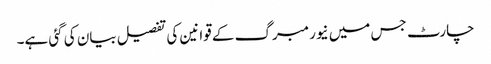
چارٹ جس میں نیورمبرگ کے قوانین کی تفصیل بیان کی گئی ہے۔